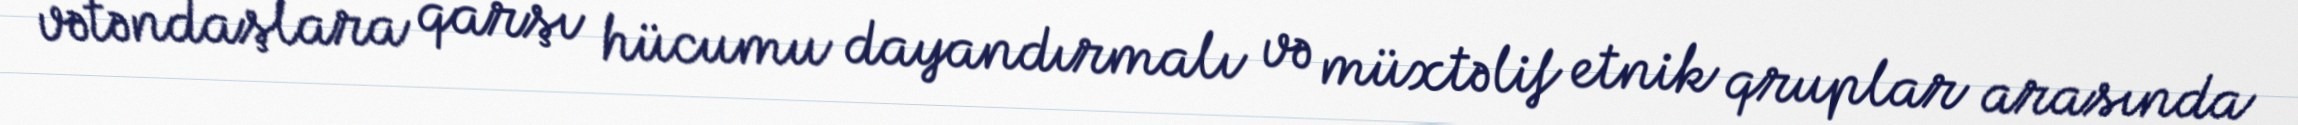
vətəndaşlara qarşı hücumu dayandırmalı və müxtəlif etnik qruplar arasında